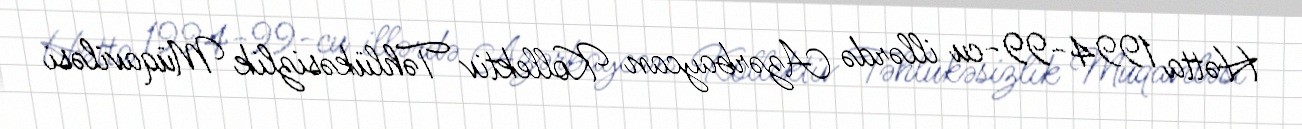
Hətta 1994-99-cu illərdə Azərbaycan Kollektiv Təhlükəsizlik Müqaviləsi